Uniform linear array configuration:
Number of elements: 64
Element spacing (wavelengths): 0.75
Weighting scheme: exponential
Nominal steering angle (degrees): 60
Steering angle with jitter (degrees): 58.178
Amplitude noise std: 0.05
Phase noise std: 0.05

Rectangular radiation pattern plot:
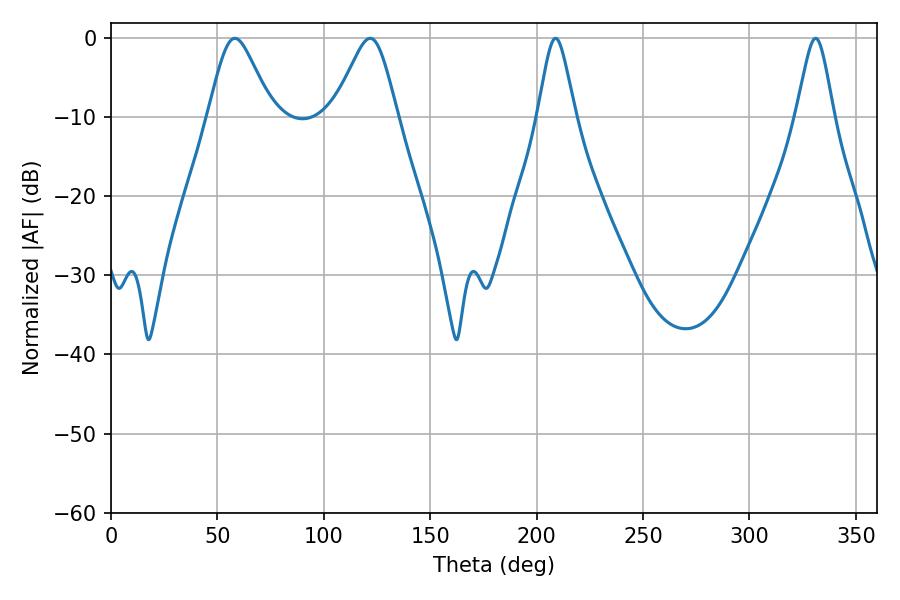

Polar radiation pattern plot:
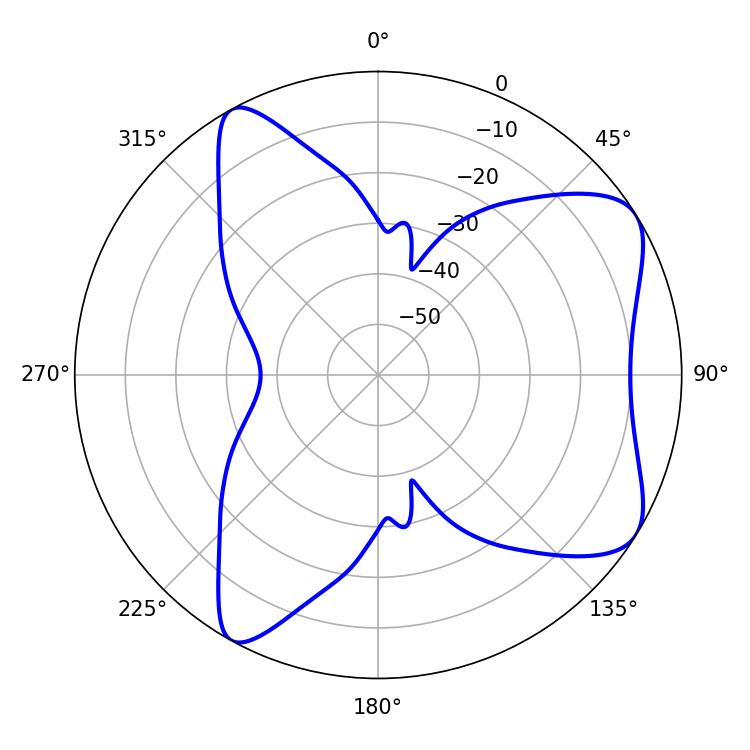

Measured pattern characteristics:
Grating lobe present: TRUE
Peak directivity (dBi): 7.223
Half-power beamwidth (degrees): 14.58
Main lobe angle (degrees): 58.14